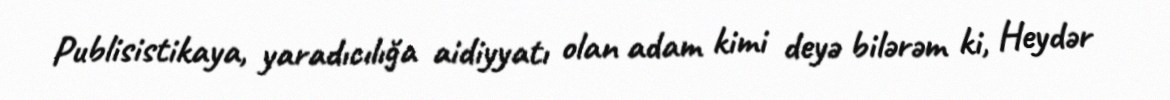
Publisistikaya, yaradıcılığa aidiyyatı olan adam kimi deyə bilərəm ki, Heydər